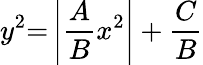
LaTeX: y^{2}{=}\left|{\frac{A}{B}}x^{2}\right|+{\frac{C}{B}}